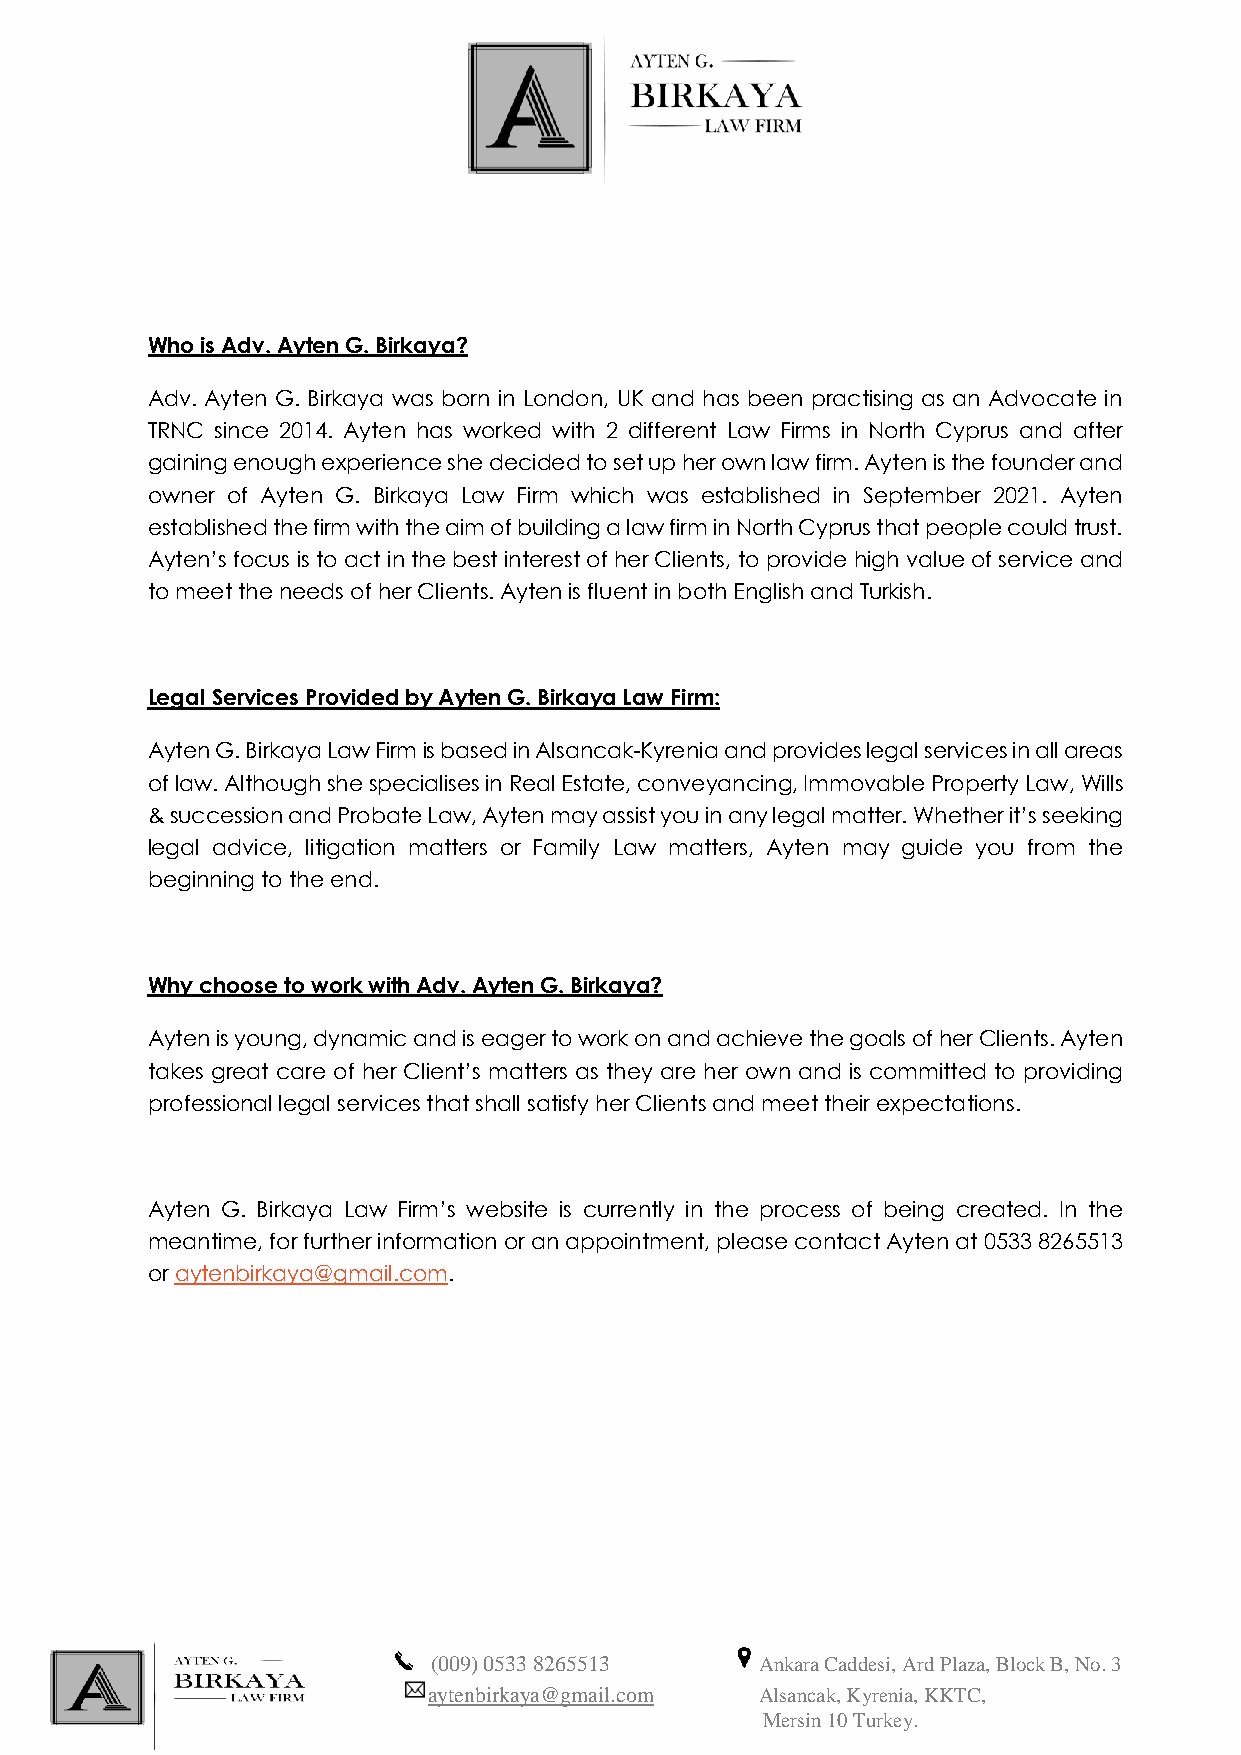
Who is Adv. Ayten G. Birkaya?
 Adv. Ayten G. Birkaya was born in London, UK and has been practising as an Advocate in
 TRNC since 2014. Ayten has worked with 2 different Law Firms in North Cyprus and after
 gaining enough experience she decided to set up her own law firm. Ayten is the founder and
 owner of Ayten G. Birkaya Law Firm which was established in September 2021. Ayten
 established the firm with the aim of building a law firm in North Cyprus that people could trust.
 Ayten’s focus is to act in the best interest of her Clients, to provide high value of service and
 to meet the needs of her Clients. Ayten is fluent in both English and Turkish.
 Legal Services Provided by Ayten G. Birkaya Law Firm:
 Ayten G. Birkaya Law Firm is based in Alsancak-Kyrenia and provides legal services in all areas
 of law. Although she specialises in Real Estate, conveyancing, Immovable Property Law, Wills
 & succession and Probate Law, Ayten may assist you in any legal matter. Whether it’s seeking
 legal advice, litigation matters or Family Law matters, Ayten may guide you from the
 beginning to the end.
 Why choose to work with Adv. Ayten G. Birkaya?
 Ayten is young, dynamic and is eager to work on and achieve the goals of her Clients. Ayten
 takes great care of her Client’s matters as they are her own and is committed to providing
 professional legal services that shall satisfy her Clients and meet their expectations.
 Ayten G. Birkaya Law Firm’s website is currently in the process of being created. In the
 meantime, for further information or an appointment, please contact Ayten at 0533 8265513
 or aytenbirkaya@gmail.com.
 (009) 0533 8265513   Ankara Caddesi, Ard Plaza, Block B, No. 3
 aytenbirkaya@gmail.com Alsancak, Kyrenia, KKTC,
 Mersin 10 Turkey.